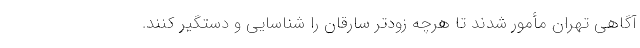
آگاهی تهران مأمور شدند تا هرچه زودتر سارقان را شناسایی و دستگیر کنند.